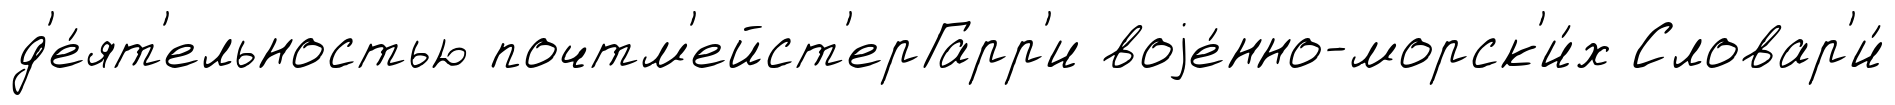
д'е́ят'ельностью почтм'ейст'ерГарр'и воjе́нно-морск'и́х Словар'и́